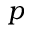
p